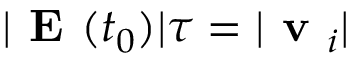
| \textbf { E } ( t _ { 0 } ) | \tau = | \textbf { v } _ { i } |